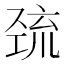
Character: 巯